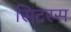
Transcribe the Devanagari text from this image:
सिटरस